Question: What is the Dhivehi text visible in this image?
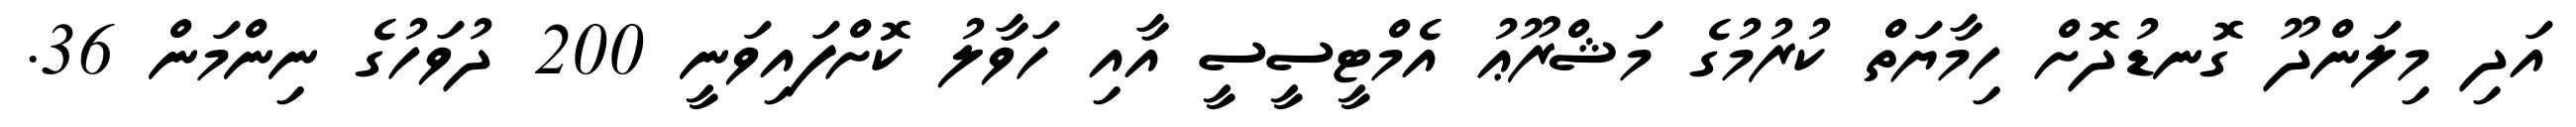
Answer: އަދި މިލަންދޫ ގޮނޑުދޮށް ހިމާޔަތް ކުރުމުގެ މަޝްރޫޢު އެމްޓީސީސީ އާއި ހަވާލު ކޮށްފައިވަނީ 200 ދުވަހުގެ ނިންމަން 36.